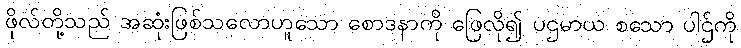
ဖိုလ်တို့သည် အဆုံးဖြစ်သလောဟူသော စောဒနာကို ဖြေလို၍ ပဌမာယ စသော ပါဌ်ကို